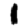
Digit: 1